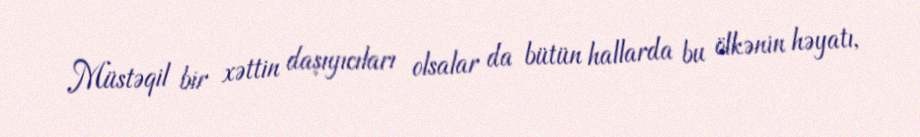
Müstəqil bir xəttin daşıyıcıları olsalar da bütün hallarda bu ölkənin həyatı,